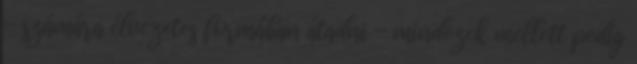
- számára élvezetes formában átadni - mindezek mellett pedig